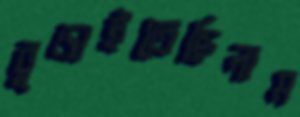
বুড়াইতেছিলাম